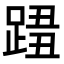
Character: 𨂓